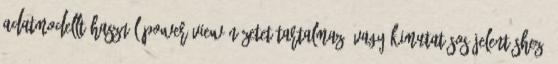
adatmodellt használ Power View nézetet tartalmazó vagy kimutatásos jelentéshez,